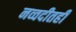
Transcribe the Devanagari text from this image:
नव्वदीतही